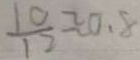
\frac { 1 0 } { 1 2 } \approx 0 . 8